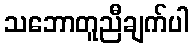
သဘောတူညီချက်ပါ